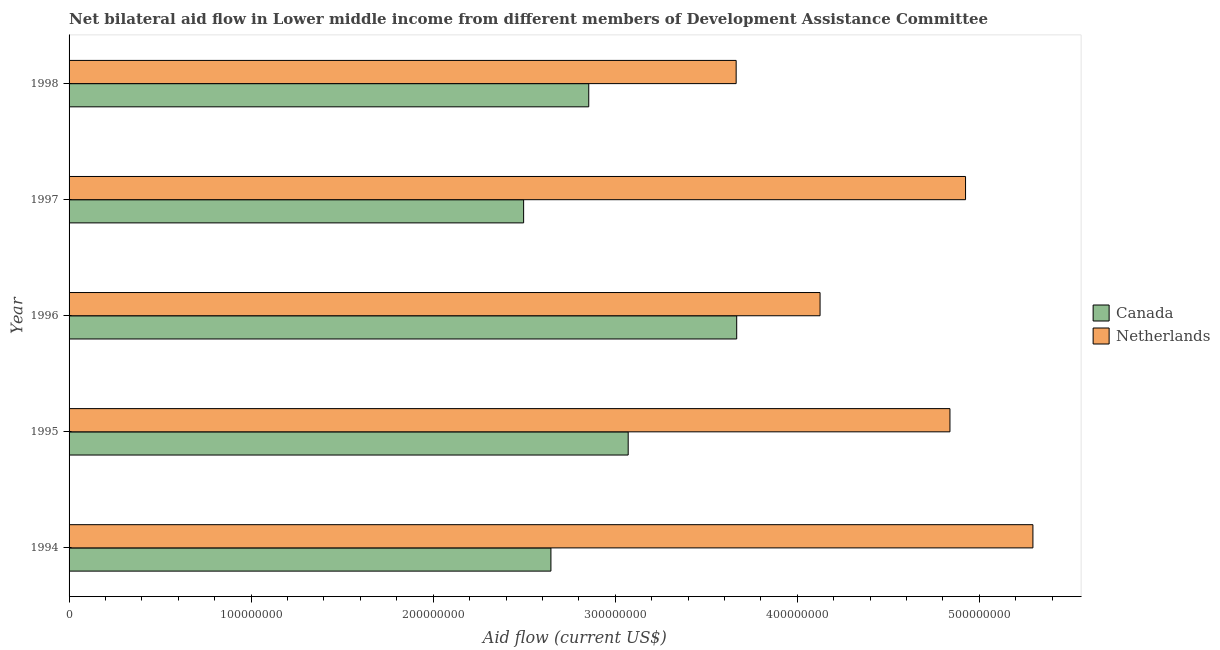
| Year | Canada | Netherlands |
 | --- | --- | --- |
 | 1994 | 2.65e+08 | 5.29e+08 |
 | 1995 | 3.07e+08 | 4.84e+08 |
 | 1996 | 3.67e+08 | 4.12e+08 |
 | 1997 | 2.5e+08 | 4.92e+08 |
 | 1998 | 2.85e+08 | 3.66e+08 |